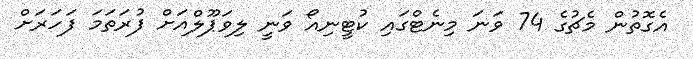
އެގޮތުން މެޗުގެ 74 ވަނަ މިނެޓްގައި ކުޓީނިއޯ ވަނީ ލިވަޕޫލްއަށް ފުރަތަމަ ފަހަރަށް